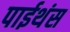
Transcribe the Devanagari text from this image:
पाईथंस